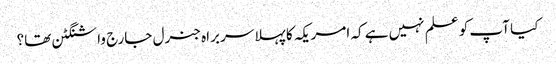
کیا آپ کو علم نہیں ہے کہ امریکہ کا پہلا سربراہ جنرل جارج واشنگٹن تھا؟